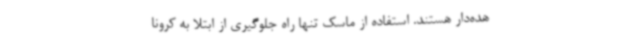
هده‌دار هستند. استفاده از ماسک تنها راه جلوگیری از ابتلا به کرونا